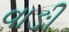
વાઙી